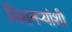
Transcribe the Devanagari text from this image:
मिशनऱ्यांशी